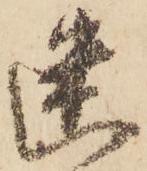
幽